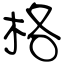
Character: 格